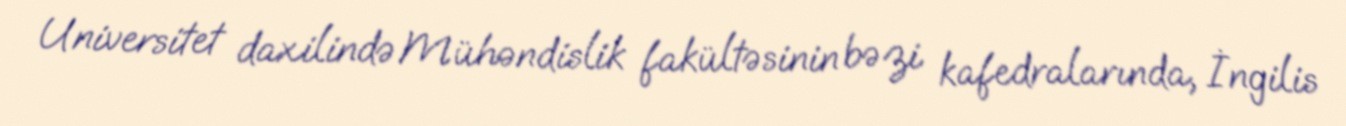
Universitet daxilində Mühəndislik fakültəsinin bəzi kafedralarında, İngilis